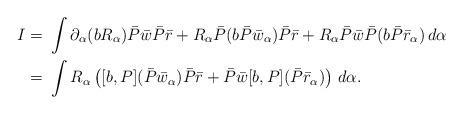
LaTeX: \begin{align*}I = & \ \int \partial_\alpha (b R_{\alpha}) \bar P \bar w \bar P \bar r+ R_\alpha \bar P(b\bar P \bar w_\alpha) \bar P \bar r + R_\alpha \bar P \bar w \bar P(b\bar P \bar r_\alpha )\, d\alpha \\ = & \ \int R_\alpha \left([b,P](\bar P \bar w_\alpha) \bar P \bar r + \bar P \bar w [b,P] (\bar P \bar r_\alpha )\right)\, d\alpha.\end{align*}